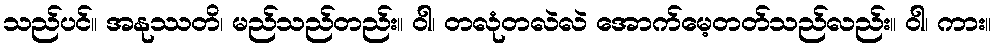
သည်ပင်။ အနုဿတိ၊ မည်သည်တည်း။ ဝါ၊ တလုံတလဲလဲ အောက်မေ့တတ်သည်လည်း။ ဝါ၊ ကား။